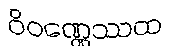
ဝိဝဏ္ဏေဿထ